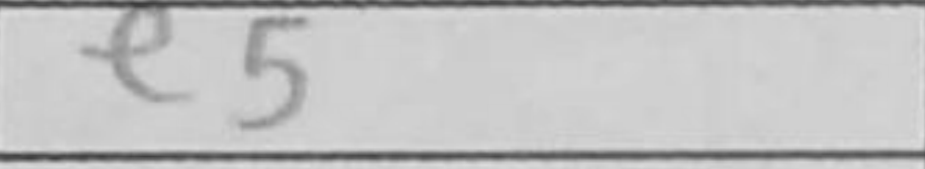
Transcription: e5